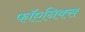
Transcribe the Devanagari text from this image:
फॉएनिक्स